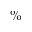
\%